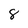
Character: 8